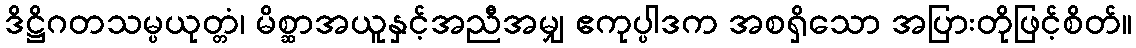
ဒိဋ္ဌိဂတသမ္ပယုတ္တံ၊ မိစ္ဆာအယူနှင့်အညီအမျှ ဧကုပ္ပါဒက အစရှိသော အပြားတိုဖြင့်စိတ်။